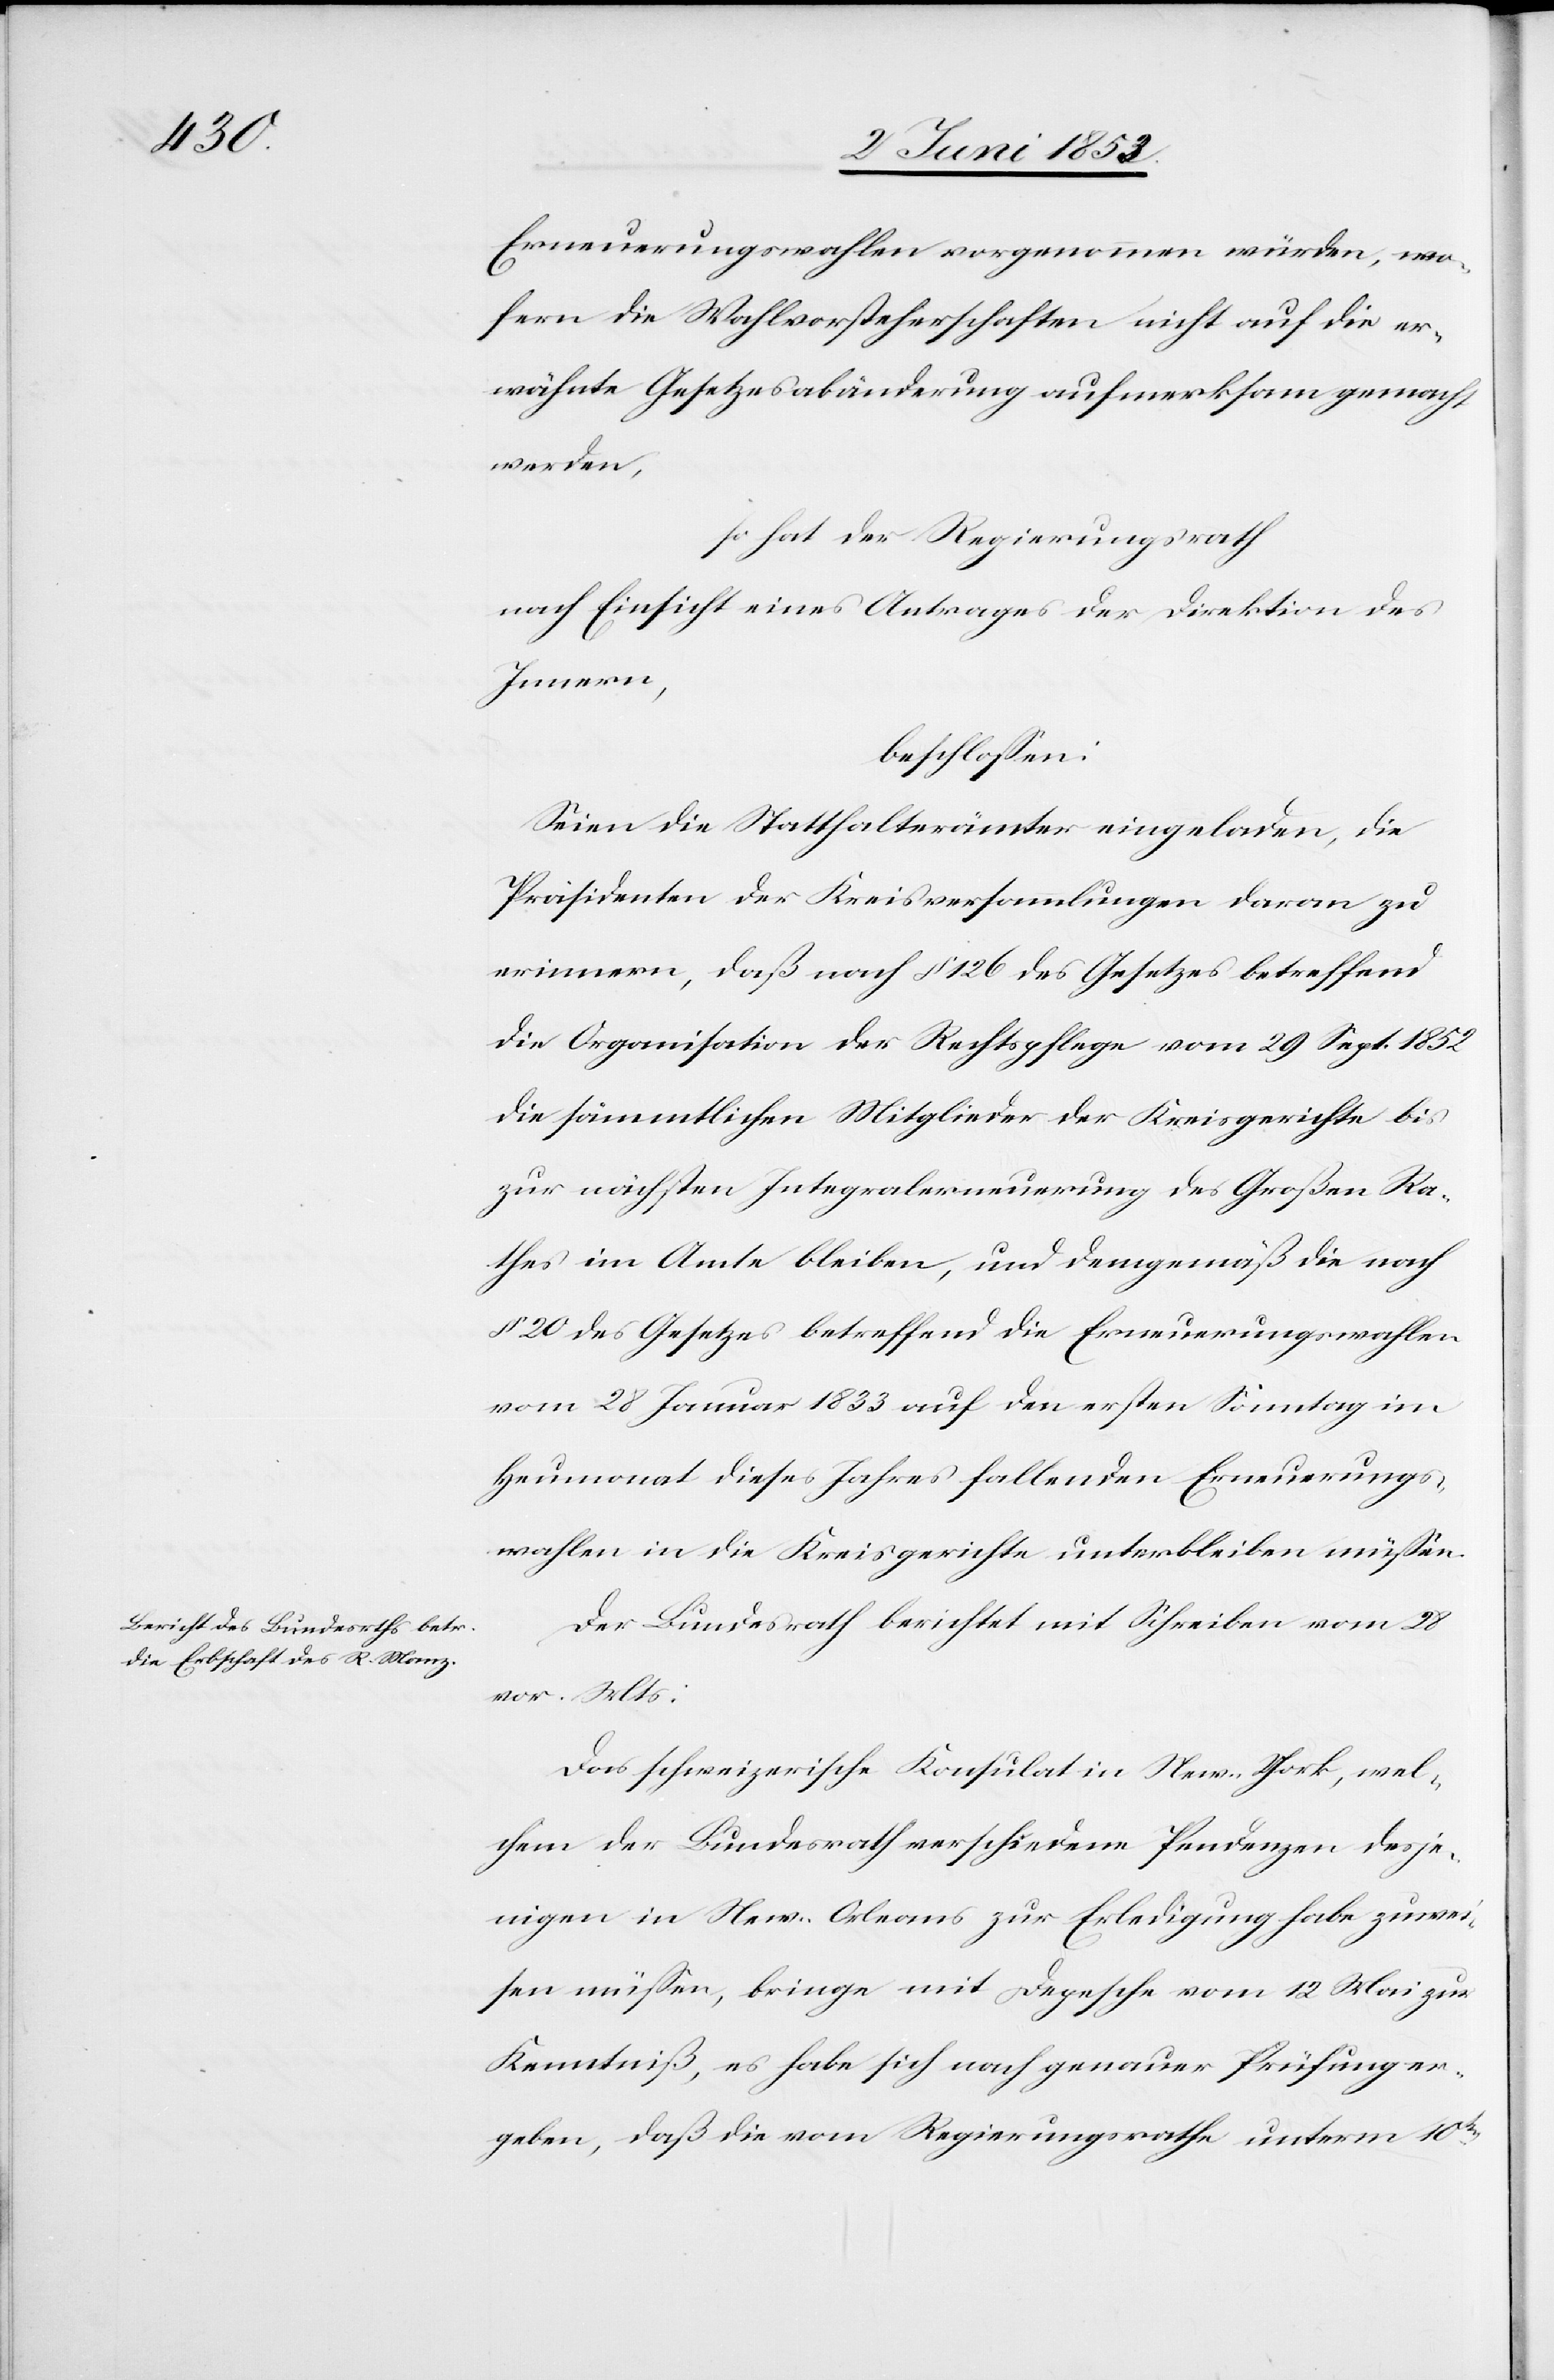
Erneuerungswahlen vorgenommen würden, wo¬
fern die Wahlvorsteherschaft nicht auf die er¬
wähnte Gesetzesabänderung aufmerksam gemacht
worden.
so hat der Regierungsrath
nach Einsicht eines Antrages der Direktion des
Innern,
beschloßen:
Seien die Statthalterämter eingeladen, die
Präsidenten der Kreisversammlungen daran zu
erinnern, daß nach § 126 des Gesetzes betreffend
die Organisation der Rechtspflege vom 29 Sept. 1852
die sämmtlichen Mitglieder der Kreisgerichte bis
zur nächsten Integralerneuerung des Großen Ra¬
thes im Amte bleiben, und demgemäß die nach
§ 20 des Gesetzes betreffend die Erneuerungswahlen
vom 28 Januar 1833 auf den ersten Sonntag im
Heumonat dieses Jahres fallenden Erneuerungs¬
wahlen in die Kreisgerichte unterbleiben müßen.
Der Bundesrath berichtet mit Schreiben vom 28
vor. Mts.:
Das schweizerische Konsulat in New-York, wel¬
chem der Bundesrath verschiedene Pendenzen desje¬
nigen in New-Orleans zur Erledigung habe zuwei¬
sen müßen, bringe mit Depesche vom 12 Mai zur
Kenntniß, es habe sich nach genauer Prüfung er¬
geben, daß die vom Regierungsrathe unterm 10ten.